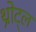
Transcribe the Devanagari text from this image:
थ्रोट्ल